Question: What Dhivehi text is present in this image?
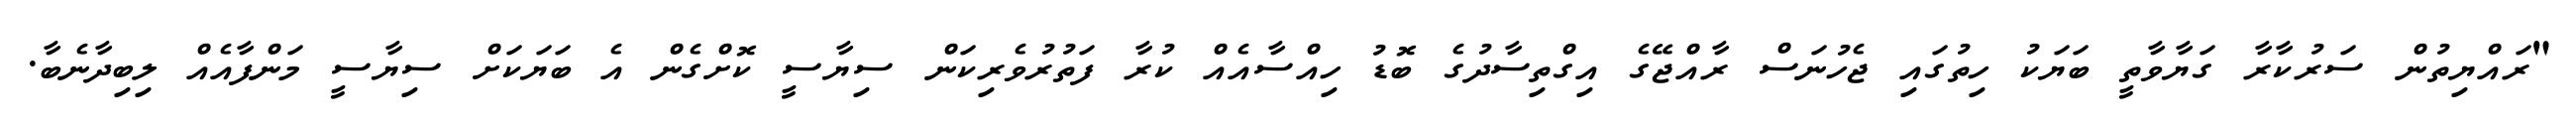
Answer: "ރައްޔިތުން ސަރުކާރާ ގަޔާވާތީ ބަޔަކު ހިތުގައި ޖެހުނަސް ރާއްޖޭގެ އިގްތިސާދުގެ ބޮޑު ހިއްސާއެއް ކުރާ ފަތުރުވެރިކަން ސިޔާސީ ކޮށްގެން އެ ބަޔަކަށް ސިޔާސީ މަންފާއެއް ލިބިދާނެބާ.